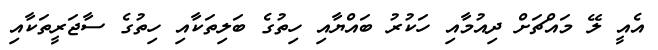
އެއީ ލޭ މައްޗަށް ދިއުމާއި ހަކުރު ބައްޔާއި ހިތުގެ ބަލިތަކާއި ހިތުގެ ސާޖަރީތަކާއި